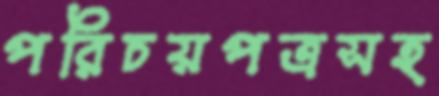
পরিচয়পত্রসহ